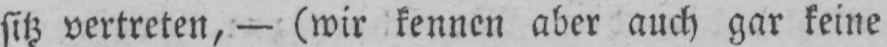
sitz vertreten, - (wir kennen aber auch gar keine